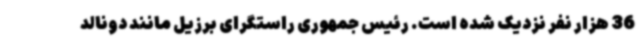
36 هزار نفر نزدیک شده است. رئیس جمهوری راستگرای برزیل مانند دونالد